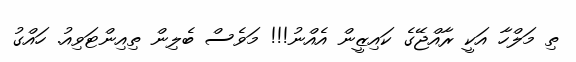
ތި މަލްހާ އަކީ ރާއްޖޭގެ ކައިޒީން އެއްނު!!! މަވެސް ބެލިން ތިއިންޓަވިއު. ހައްގު